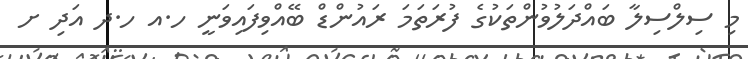
މި ސިލްސިލާ ބައްދަލުވުންތަކުގެ ފުރަތަމަ ރައުންޑް ބޭއްވިފައިވަނީ ހ.އ ހ.ދ އަދި ށ